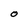
Character: O